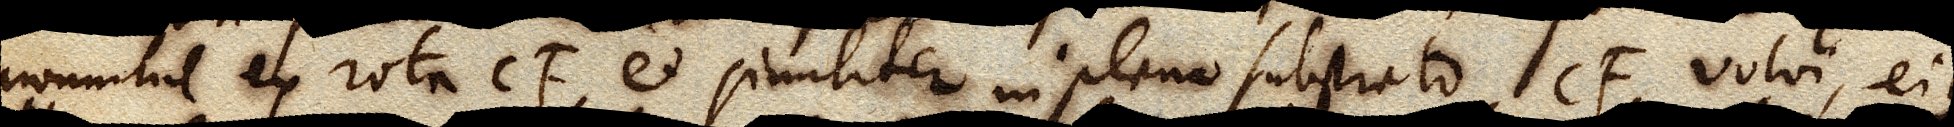
nonnihil ex rota CF, et similiter in plano substrato CF, volvi, eique